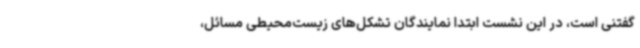
گفتنی است، در این نشست ابتدا نمایندگان تشکل‌های زیست‌محیطی مسائل،